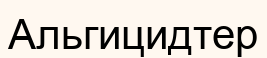
Альгицидтер